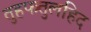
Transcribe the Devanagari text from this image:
तुहफतुलहिद